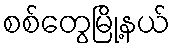
စစ်တွေမြို့နယ်